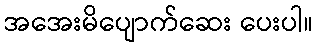
အအေးမိပျောက်ဆေး ပေးပါ။